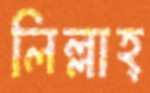
লিল্লাহ্